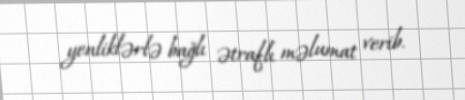
yenliklərlə bağlı ətraflı məlumat verib.